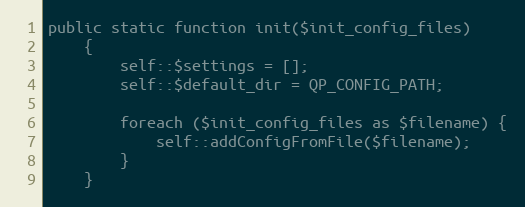
Language: PHP
public static function init($init_config_files)
    {
        self::$settings = [];
        self::$default_dir = QP_CONFIG_PATH;

        foreach ($init_config_files as $filename) {
            self::addConfigFromFile($filename);
        }
    }